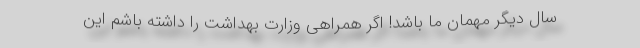
سال دیگر مهمان ما باشد! اگر همراهی وزارت بهداشت را داشته باشم این